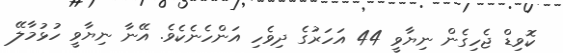
ކޮވިޑް ޖެހިގެން ނިޔާވީ 44 އަހަރުގެ ދިވެހި އަންހެނެކެވެ. އޭނާ ނިޔާވީ ހުޅުމާލޭ